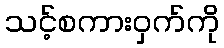
သင့်စကားဝှက်ကို